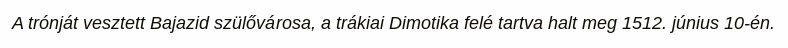
A trónját vesztett Bajazid szülővárosa, a trákiai Dimotika felé tartva halt meg 1512. június 10-én.